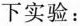
下实验：